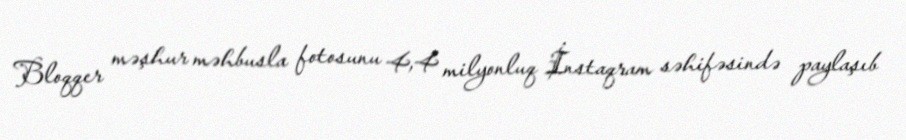
Bloqqer məşhur məhbusla fotosunu 4,4 milyonluq İnstaqram səhifəsində paylaşıb